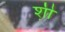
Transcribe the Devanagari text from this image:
श़ी